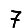
Digit: 7